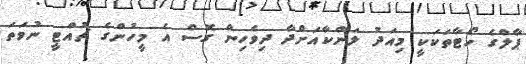
ޕާލްގެ ހޯޓާތަކަކީ މިއަދު ލަންކާއަށްދާ ދިވެހިން ގޮސް އެ މީހުންގެ ޗުއްޓީ ނުވަތަ